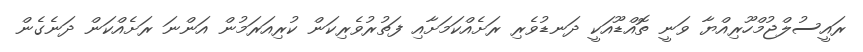
ރައީސުލްޖުމްހޫރިއްޔާ ވަނީ ތޮއްޑޫއަކީ ދަނޑުވެރި ރަށެއްކަމަށާއި ފަތުރުވެރިކަން ކުރިއަރަމުން އަންނަ ރަށެއްކަން ދަނެގެން